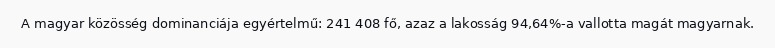
A magyar közösség dominanciája egyértelmű: 241 408 fő, azaz a lakosság 94,64%-a vallotta magát magyarnak.